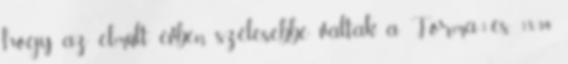
hogy az elmúlt évben szélesebbé váltak a Forma-1-es. 18:34